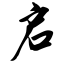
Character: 启